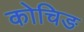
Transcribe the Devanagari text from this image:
कोचिङ